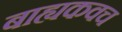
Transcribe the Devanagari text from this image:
बाह्यकवच